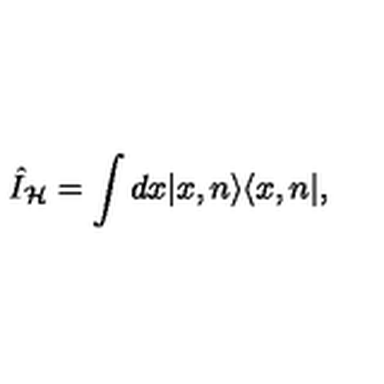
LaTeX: \hat { I } _ { \mathcal { H } } = \int d x | x , n \rangle \langle x , n | ,